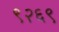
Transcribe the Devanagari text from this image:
९२६९